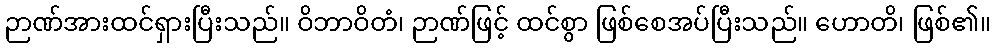
ဉာဏ်အားထင်ရှားပြီးသည်။ ဝိဘာဝိတံ၊ ဉာဏ်ဖြင့် ထင်စွာ ဖြစ်စေအပ်ပြီးသည်။ ဟောတိ၊ ဖြစ်၏။